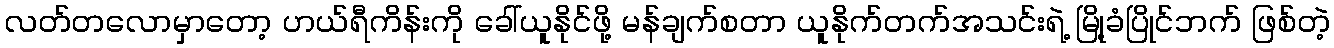
လတ်တလောမှာတော့ ဟယ်ရီကိန်းကို ခေါ်ယူနိုင်ဖို့ မန်ချက်စတာ ယူနိုက်တက်အသင်းရဲ့ မြို့ခံပြိုင်ဘက် ဖြစ်တဲ့